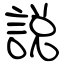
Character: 説